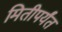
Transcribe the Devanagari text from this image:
मितीपर्यंत